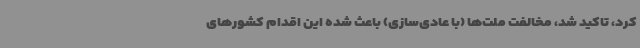
کرد، تاکید شد، مخالفت ملت‌ها (با عادی‌سازی) باعث شده این اقدام کشورهای